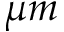
\mu m